Leningradi_Edasi_toimetus, lk 135
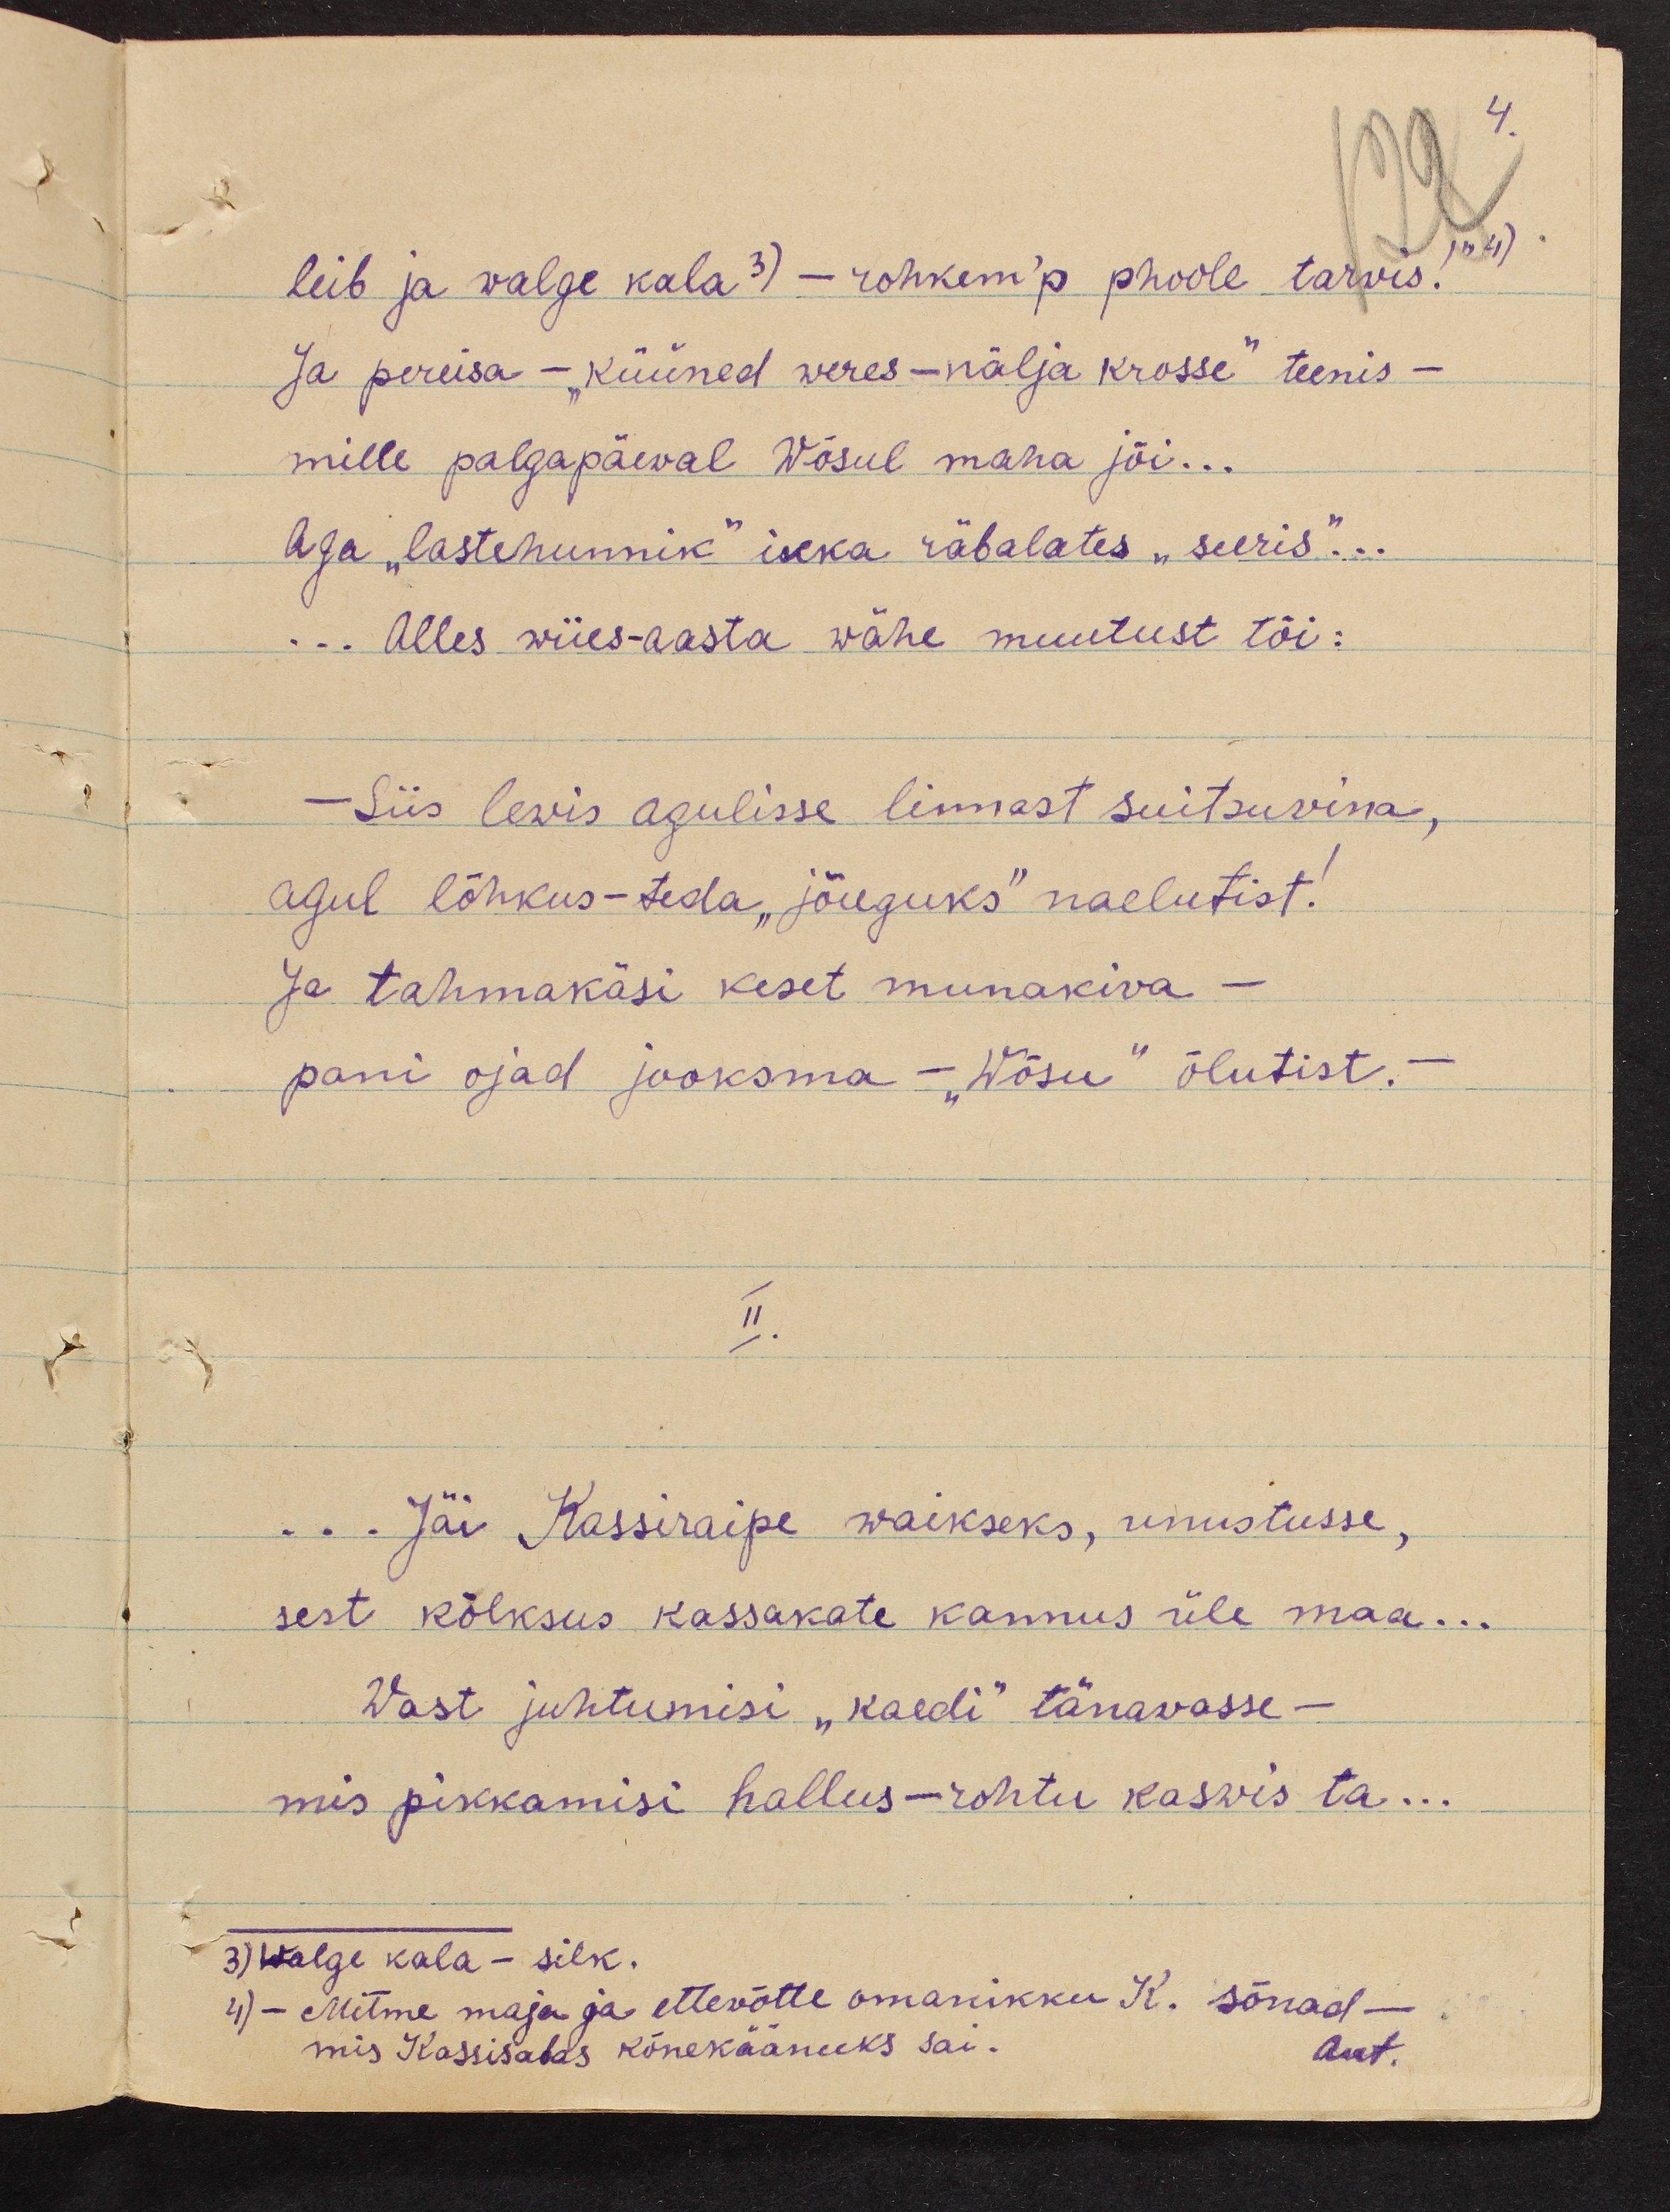
4
jn 4)
leib ja walge kala 3) - rohkem'p phoole tarwis.
Ja pereisa - "küüned weres - nälja krosse" teenis-
mille palgapäeval Wõsul maha jõi...
Aga "lastehunnik" iseka räbalates "seeris"...
... Alles wiies-aasta wähe muutust tõi:
Siis lewis agulisse linnast suitsuvina,
agul lõhkus-teda "jõuguks" naelutist!
Ja tahmakäsi keset munakiva -
pani ojad jooksma - "Wõsu" õlutist. -
II.
... Jäi Kassiraipe waikseks, unustusse,
sest kõlksus kassakate kannus üle maa...
Wast juhtumisi "kaedi" tänavasse -
mis pikkamisi hallus-rohtu kaswis ta...
3) Walge kala - silk.
4) - Mitme maja ja ettevõtte omanikku K. sõnad -
mis Kassisabas kõnekäänuks sai.
Aut.